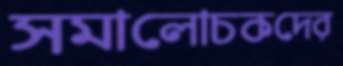
সমালোচকদের